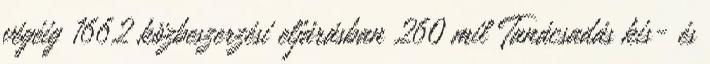
végéig 1662 közbeszerzési eljárásban 260 mil Tanácsadás kis- és